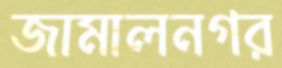
জামালনগর